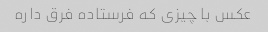
عکس با چیزی که فرستاده فرق داره